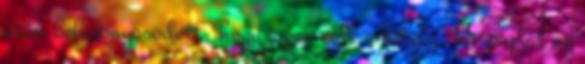
után bebizonyosodott, hogy jogos volt a kétely. Kispapját az